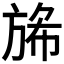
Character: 𭤺